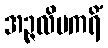
အဉ္ဇလိမကရိံ